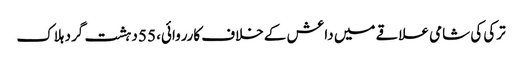
ترکی کی شامی علاقے میں داعش کے خلاف کارروائی، 55 دہشت گرد ہلاک